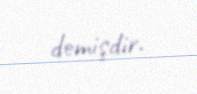
demişdir.